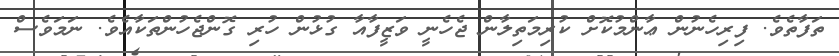
ތަފާތެވެ. ފިރިހެނުން ޢާންމުކޮށް ކުރިމަތިލާން ޖެހެނީ ވަޒީފާއާ ގުޅުން ހުރި ގޮންޖެހުންތަކާއެވެ. ނަމަވެސް